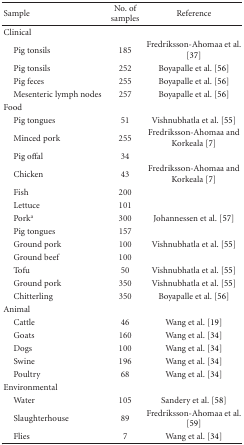
<table><thead><tr><td><b>Sample</b></td><td><b>No. of samples</b></td><td><b>Reference</b></td></tr></thead><tbody><tr><td>Clinical</td><td></td><td></td></tr><tr><td> Pig tonsils</td><td>185</td><td>Fredriksson-Ahomaa et al. [37]</td></tr><tr><td> Pig tonsils</td><td>252</td><td>Boyapalle et al. [56]</td></tr><tr><td> Pig feces</td><td>255</td><td>Boyapalle et al. [56]</td></tr><tr><td>Mesenteric lymph nodes</td><td>257</td><td>Boyapalle et al. [56]</td></tr><tr><td>Food</td><td></td><td></td></tr><tr><td> Pig tongues</td><td>51</td><td>Vishnubhatla et al. [55]</td></tr><tr><td> Minced pork</td><td>255</td><td>Fredriksson-Ahomaa and Korkeala [7]</td></tr><tr><td> Pig offal</td><td>34</td><td></td></tr><tr><td> Chicken</td><td>43</td><td>Fredriksson-Ahomaa and Korkeala [7]</td></tr><tr><td> Fish</td><td>200</td><td></td></tr><tr><td> Lettuce</td><td>101</td><td></td></tr><tr><td> Pork<sup>a</sup></td><td>300</td><td>Johannessen et al. [57]</td></tr><tr><td> Pig tongues</td><td>157</td><td></td></tr><tr><td> Ground pork</td><td>100</td><td>Vishnubhatla et al. [55]</td></tr><tr><td> Ground beef</td><td>100</td><td></td></tr><tr><td> Tofu</td><td>50</td><td>Vishnubhatla et al. [55]</td></tr><tr><td> Ground pork</td><td>350</td><td>Vishnubhatla et al. [55]</td></tr><tr><td> Chitterling</td><td>350</td><td>Boyapalle et al. [56]</td></tr><tr><td>Animal</td><td></td><td></td></tr><tr><td> Cattle</td><td>46</td><td>Wang et al. [19]</td></tr><tr><td> Goats</td><td>160</td><td>Wang et al. [34]</td></tr><tr><td> Dogs</td><td>100</td><td>Wang et al. [34]</td></tr><tr><td> Swine</td><td>196</td><td>Wang et al. [34]</td></tr><tr><td> Poultry</td><td>68</td><td>Wang et al. [34]</td></tr><tr><td>Environmental</td><td></td><td></td></tr><tr><td> Water</td><td>105</td><td>Sandery et al. [58]</td></tr><tr><td> Slaughterhouse</td><td>89</td><td>Fredriksson-Ahomaa et al. [59]</td></tr><tr><td> Flies</td><td>7</td><td>Wang et al. [34]</td></tr></tbody></table>